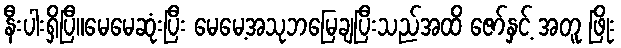
နီးပါးရှိပြီ။မေမေဆုံးပြီး မေမေ့အသုဘမြေချပြီးသည်အထိ ဇော်နှင့် အတူ ဖြိုး